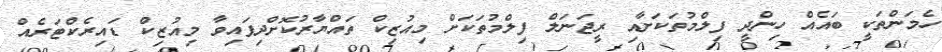
ހެމަންތަކީ ބައެއް ހިންދީ ފިލްމުތަކަށާއި ރީޖަނަލް ފިލްމުތަކަށް މިއުޒިކް ތައްޔާރުކޮށްދިފައިވާ މިއުޒިކް ޑައިރެކްޓަރެއް